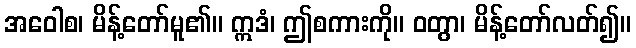
အဝေါစ၊ မိန့်တော်မူ၏။ ဣဒံ၊ ဤစကားကို။ ဝတွာ၊ မိန့်တော်လတ်၍။